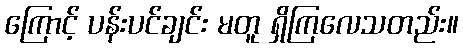
ကြောင့် ပန်းပင်ချင်း မတူ ရှိကြလေသတည်း။